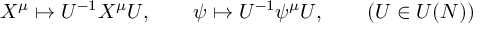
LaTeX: X ^ { \mu } \mapsto U ^ { - 1 } X ^ { \mu } U , \qquad \psi \mapsto U ^ { - 1 } \psi ^ { \mu } U , \qquad ( U \in U ( N ) )